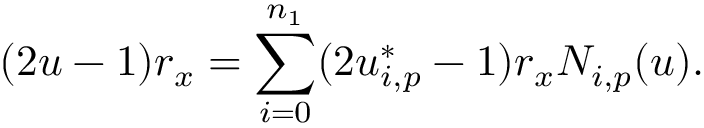
( 2 u - 1 ) r _ { x } = \sum _ { i = 0 } ^ { n _ { 1 } } ( 2 u _ { i , p } ^ { * } - 1 ) r _ { x } N _ { i , p } ( u ) .